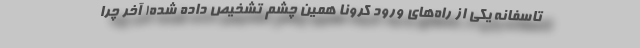
تاسفانه یکی از راه‌های ورود کرونا همین چشم تشخیص داده شده! آخر چرا